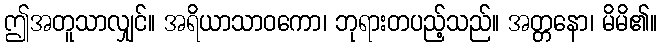
ဤအတူသာလျှင်။ အရိယာသာဝကော၊ ဘုရားတပည့်သည်။ အတ္တနော၊ မိမိ၏။